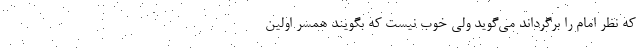
که نظر امام را برگرداند می‌گوید ولی خوب نیست که بگویند همسر اولین